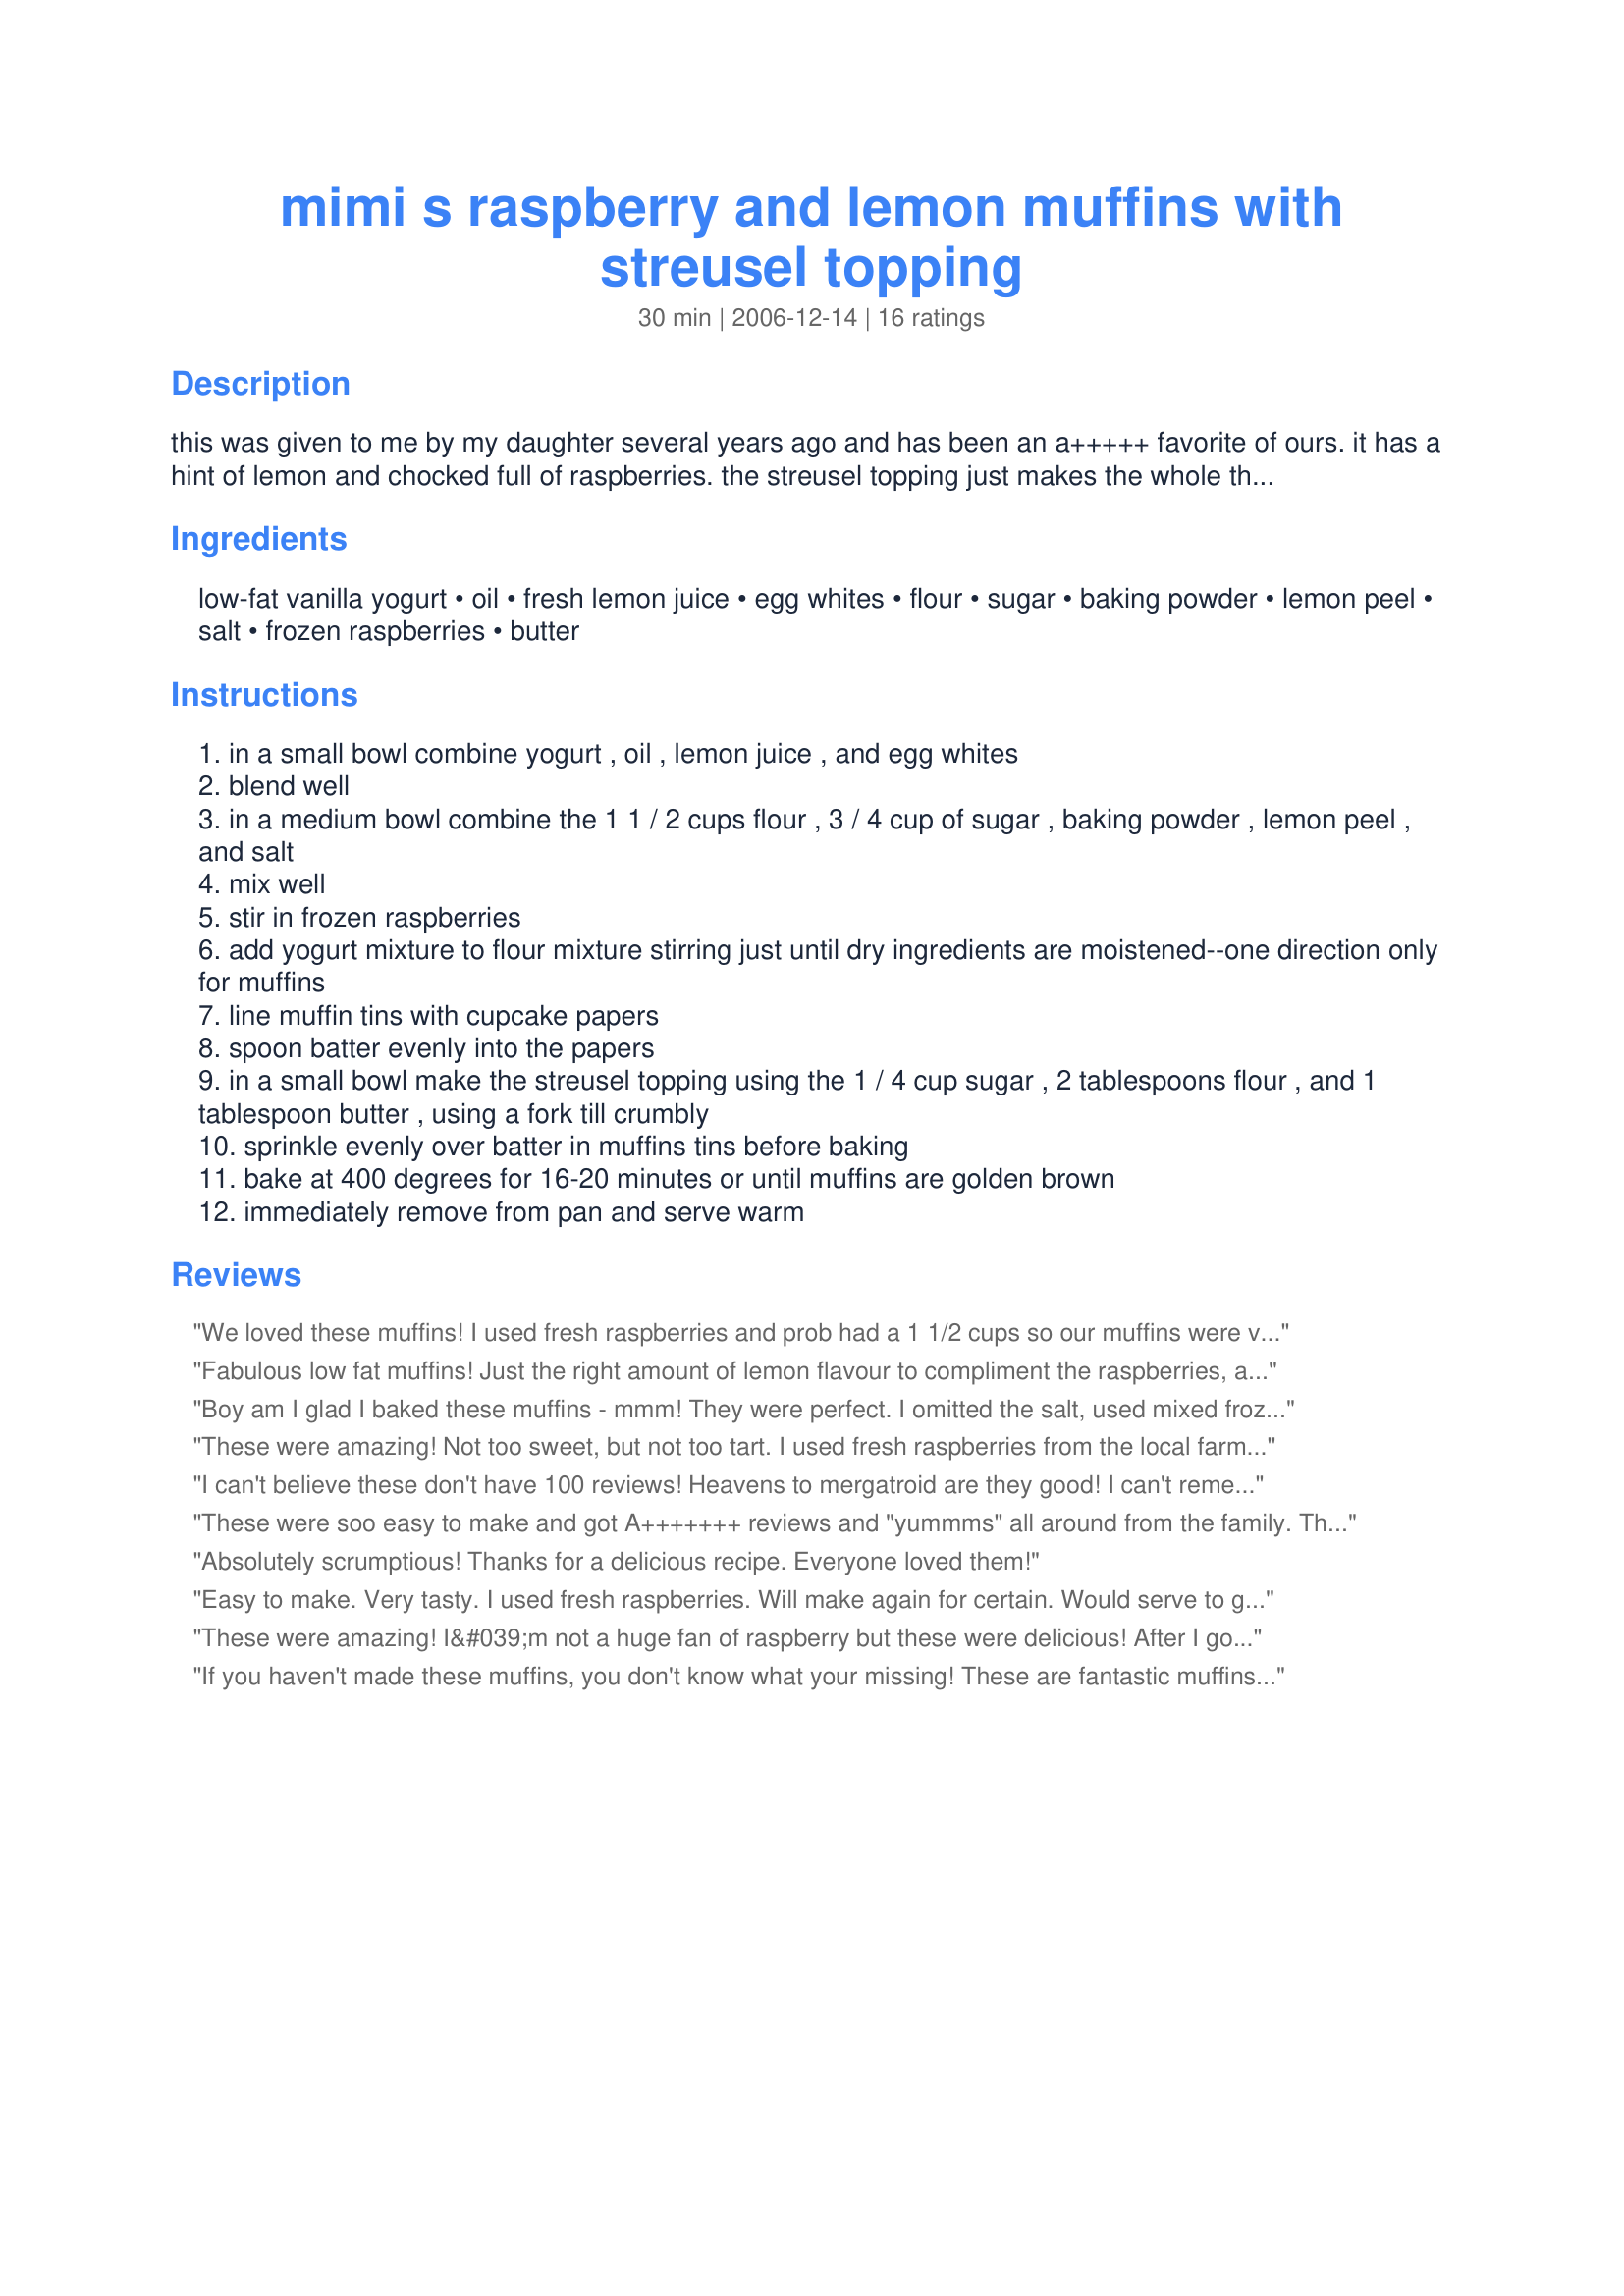
mimi s raspberry and lemon muffins with streusel topping
Preparation time: 30 minutes

this was given to me by my daughter several years ago and has been an a+++++ favorite of ours. it has a hint of lemon and chocked full of raspberries. the streusel topping just makes the whole thing come together as a super, yummy muffin.

Ingredients:
low-fat vanilla yogurt, oil, fresh lemon juice, egg whites, flour, sugar, baking powder, lemon peel, salt, frozen raspberries, butter

Steps:
in a small bowl combine yogurt , oil , lemon juice , and egg whites
blend well
in a medium bowl combine the 1 1 / 2 cups flour , 3 / 4 cup of sugar , baking powder , lemon peel , and salt
mix well
stir in frozen raspberries
add yogurt mixture to flour mixture stirring just until dry ingredients are moistened--one direction only for muffins
line muffin tins with cupcake papers
spoon batter evenly into the papers
in a small bowl make the streusel topping using the 1 / 4 cup sugar , 2 tablespoons flour , and 1 tablespoon butter , using a fork till crumbly
sprinkle evenly over batter in muffins tins before baking
bake at 400 degrees for 16-20 minutes or until muffins are golden brown
immediately remove from pan and serve warm

Reviews:
We loved these muffins! I used fresh raspberries and prob had a 1 1/2 cups so our muffins were very tart but very tasty. Thanks for posting!
Fabulous low fat muffins! Just the right amount of lemon flavour to compliment the raspberries, and the streusel topping is wonderful. I will be making these again as is, and also trying blueberries. Excellent recipe, Mimi!
Boy am I glad I baked these muffins - mmm! They were perfect. I omitted the salt, used mixed frozen berries and made 6 large muffins so I made a bit less of the streusel topping. Bravo Mimi in Maine.
These were amazing! Not too sweet, but not too tart. I used fresh raspberries from the local farm and they made ten perfect muffins. I might add a few oats to the streusel topping next time because I like that, but otherwise the recipe is perfect! Love it!
I can't believe these don't have 100 reviews! Heavens to mergatroid are they good! I can't remember when I have enjoyed a muffin more and this is a show stopper with us! Loved, loved LOVED them!
These were soo easy to make and got A+++++++ reviews and "yummms" all around from the family. The only changes I made were to use extra virgin olive oil and fresh rasberries..
Absolutely scrumptious! Thanks for a delicious recipe. Everyone loved them!
Easy to make. Very tasty. I used fresh raspberries. Will make again for certain. Would serve to guests!
These were amazing! I&#039;m not a huge fan of raspberry but these were delicious! After I got them out of the oven I realized I had forgotten the streusel, but they were still scrumptious! I also used fresh berries instead of frozen. I didn&#039;t have enough so I chopped them up. They were delicate and moist. A definite keeper and next time I won&#039;t forget the streusel!
If you haven't made these muffins, you don't know what your missing! These are fantastic muffins that we enjoyed to the max! I made some up and brought some over to my dad, who loves lemon anything. He gave these the big thumbs up with a call to me raving how good they were! I used fresh raspberries instead of frozen, but that's the only change I made. They are perfect as is!!! Thank you for sharing this outstanding muffin recipe Mimi! These will be made often here. Linda
I agree with all of the other reviewers - these are excellent! I followed the recipe almost exactly, I only subbed fresh raspberries for frozen. They can out perfectly and are very yummy. Next time, I might add a tsp. of lemon extract, as I love the lemon flavour and I thought these could use a little more of it. Other than that, perfection! Thanks Mimi :).
Very nice moist muffin. I will add a bit more zest next time. Yum! :)
Lovely and delicious muffins that I have now made more times than I care to count! I made these for a bake sale and they were one of the first things to go. My grandchildren love them and request them when they come to stay for the weekend. I love that they are so flavorful, and easy to make. You are right up there with Kittencal as far as good recipes go Mimi... I hope others try all your recipes! I plan to :)
We love muffins and these are really delicious! The kids have asked for them several times and let's just say I don't need an excuse to make them!
This was awesome, I can't believe it is low fat! Loved the zing the lemon gives and how it compliments the raspberries. The topping is the best! Made this for the muffin/cupcake challnge.
Fantastic muffins! I used more lemon zest, all from a medium lemon. Also a whole egg. Lots of lemon flavor with bursts of raspberry. Light, sweet, and a wonderful crunchy streusel topping. Used cupcake liners which worked well. Definitely a repeat at out house. Thanks for sharing the recipe!
